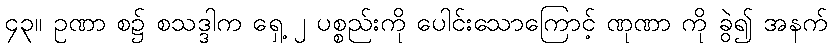
၄၃။ ဥဏာ စ၌ စသဒ္ဒါက ရှေ့ ၂ ပစ္စည်းကို ပေါင်းသောကြောင့် ဏုဏာ ကို ခွဲ၍ အနက်